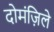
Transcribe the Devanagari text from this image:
दोमंज़िले